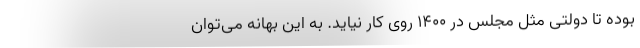
بوده تا دولتی مثل مجلس در 1400 روی کار نیاید. به این بهانه می‌توان